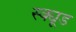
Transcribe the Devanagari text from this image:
स्क्यूड